Bombay plague: being a history of the progress of plague in the Bombay presidency from September 1896 to June 1899
Year: 1896
Disease focus: Plague
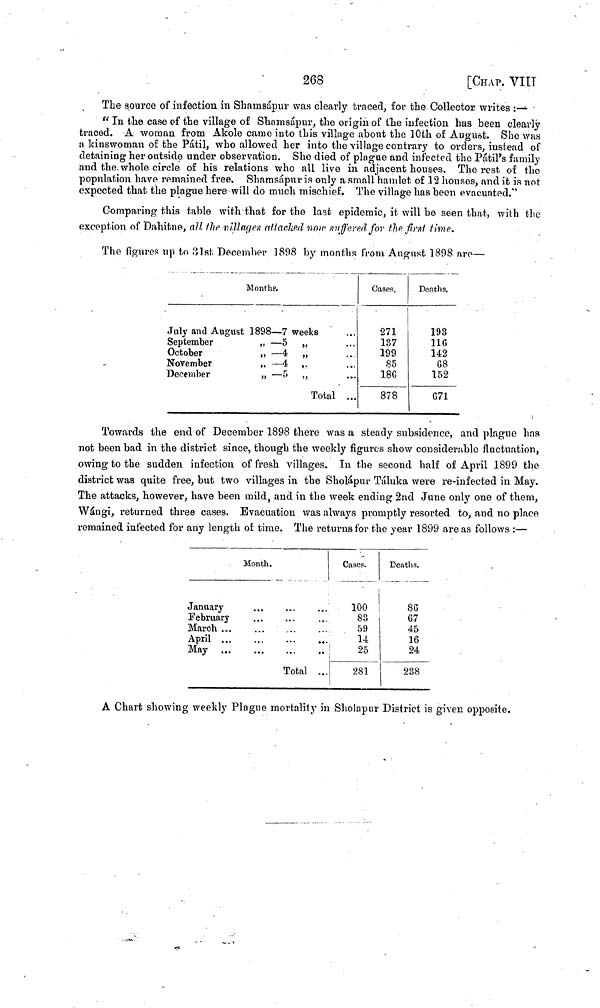
268
[CHAP. VIII
The source of infection in Shamsápur was clearly traced, for the Collector writes :—
"In the case of the village of Shamsápur, the origin of the infection has been clearly
traced. A woman from Akole came into this village about the 10th of August. She was
a kinswoman of the Pátil, who allowed her into the village contrary to orders, instead oí
detaining her outside under observation. She died of plague and infected the Pátil's family
and the. whole circle of his relations who all live in adjacent houses. The rest of the
population have remained free. Shamsápur is only a small hamlet of 12 houses, and it is not
expected that the plague here will do much mischief. The village has been evacuated."
Comparing this table with that for the last epidemic, it will be seen that, with the
exception of Dahitne, all the villages attached now suffered for the first lime.
The figures up to 31st December 1898 by months from August 1898 are—
Months.
July and August 1898 — 7 weeks
September
„ — 5 „
October
,, — 4 „
November
„ — 4 „
December
„ — 5 „
Total
...
...
...
...
...
Cases,
271
137
199
85
18G
878
Deaths,
193
116
142
68
152
671
Towards the end of December 1898 there was a steady subsidence, and plague has
not been bad in the district since, though the weekly figures show considerable fluctuation,
owing to the sudden infection of fresh villages. In the second half of April 1899 the
district was quite free, but two villages in the Sholápm· Tátuka were re-infected in May.
The attacks, however, have been mild, and in the week ending 2nd June only one of them,
Wángi, returned three cases. Evacuation was always promptly resorted to, and no place
remained, infected for any length of time. The returns for the year 1899 areas follows :—
Month.
January
February
March ...
April ...
May
...
...
Total
...
...
Cases.
100
83
59
14
25
281
Deaths.
86
67
45
16
24
238
A Chart showing weekly Plague mortality in Sholapur District is given opposite.